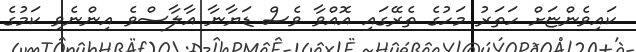
ކައިވެންޏަށް ހަތަރު މަހުގެ ތެރޭގައި އޮއްވާ ވެސް ޑަޔާނާ އާލާސްވެ އިންނެވި ކަމުގެ